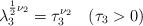
\begin{align*}\lambda_3^{\frac12 \nu_2} = \tau_3^{\nu_2} \quad (\tau_3 > 0)\end{align*}